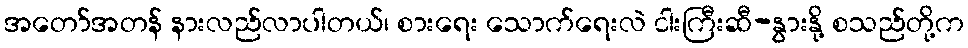
အတော်အတန် နားလည်လာပါတယ်၊ စားရေး သောက်ရေးလဲ ငါးကြီးဆီ-နွားနို့ စသည်တို့က